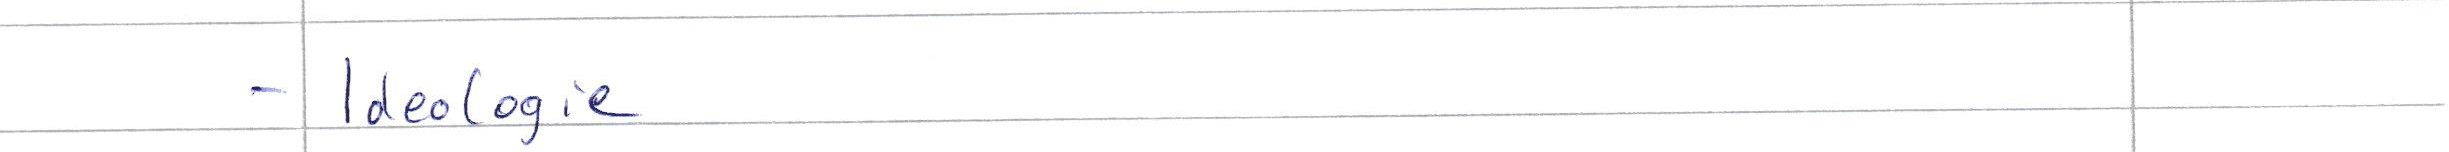
- Ideologie